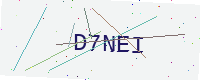
Text: D7NEI